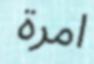
امرة